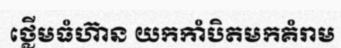
ថ្លើមធំហ៊ាន យកកាំបិតមកគំរាម